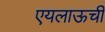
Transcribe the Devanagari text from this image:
एयलाऊची